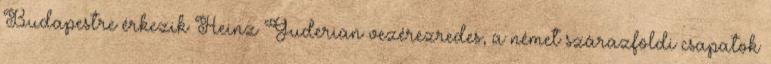
Budapestre érkezik Heinz Guderian vezérezredes, a német szárazföldi csapatok